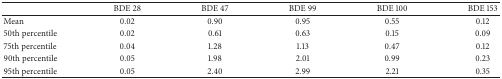
|  | BDE 28 | BDE 47 | BDE 99 | BDE 100 | BDE 153 |
 | --- | --- | --- | --- | --- | --- |
 | Mean | 0.02 | 0.90 | 0.95 | 0.55 | 0.12 |
 | 50th percentile | 0.02 | 0.61 | 0.63 | 0.15 | 0.09 |
 | 75th percentile | 0.04 | 1.28 | 1.13 | 0.47 | 0.12 |
 | 90th percentile | 0.05 | 1.98 | 2.01 | 0.99 | 0.23 |
 | 95th percentile | 0.05 | 2.40 | 2.99 | 2.21 | 0.35 |